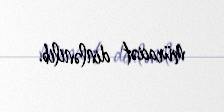
müraciət dinlənilib.